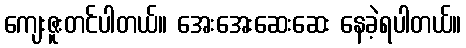
ကျေးဇူးတင်ပါတယ်။ အေးအေးဆေးဆေး နေခဲ့ရပါတယ်။